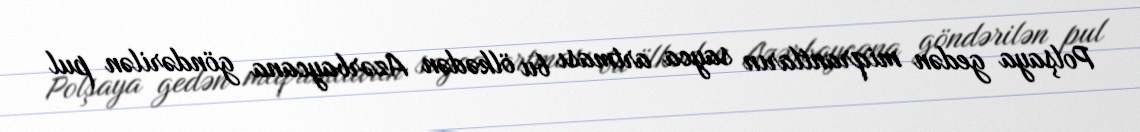
Polşaya gedən miqrantların sayca artması bu ölkədən Azərbaycana göndərilən pul